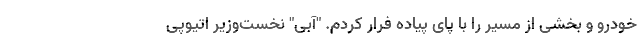
خودرو و بخشی از مسیر را با پای پیاده فرار کردم. "آبی" نخست‌وزیر اتیوپی